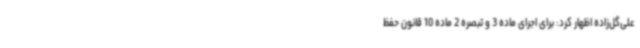
علی‌گل‌زاده اظهار کرد: برای اجرای ماده 3 و تبصره 2 ماده 10 قانون حفظ